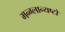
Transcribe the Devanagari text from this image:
मन्ग्लान्यष्टो